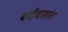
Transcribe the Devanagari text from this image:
बंदीवासांत